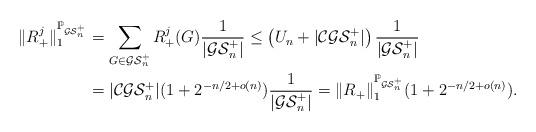
LaTeX: \begin{align*} \|R^j_+\|^{\mathbb{P}_{\mathcal{GS}^+_n}}_1 &= \sum_{G \in \mathcal{GS}^+_n} R_+^j (G) \frac1{|\mathcal{GS}^+_n|} \le \left(U_n + |\mathcal{CGS}^+_n|\right) \frac1{|\mathcal{GS}^+_n|}\\ &= |\mathcal{CGS}^+_n|(1 + 2^{-n/2 + o(n)}) \frac1{|\mathcal{GS}^+_n|} = \|R_+\|^{\mathbb{P}_{\mathcal{GS}^+_n}}_1(1 + 2^{-n/2 + o(n)}).\end{align*}